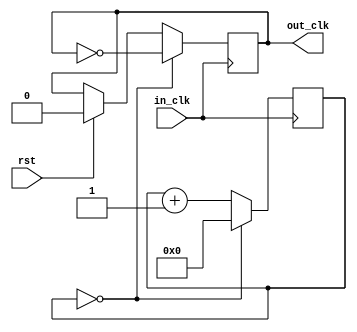
module clock_divider #(parameter DIV = 2)(in_clk, rst, out_clk);
	input in_clk;
    input rst;
	output reg out_clk;
	reg [31:0] counter;
	always @ (posedge in_clk) begin
        // Reset
        if(rst) begin
            out_clk <= 0;
            counter <= 0; 
        end
        // Counted DIV/2 posedges (DIV edges), so flip out_clk
		if (counter == (DIV/2) - 1) begin
			out_clk <= ~out_clk;
			counter <= 0;
		end
        // Else inc
		else begin
			counter <= counter + 1;
        end
	end
endmodule